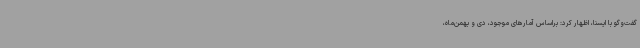
گفت‌وگو با ایسنا، اظهار کرد: براساس آمارهای موجود، دی و بهمن‌ماه،